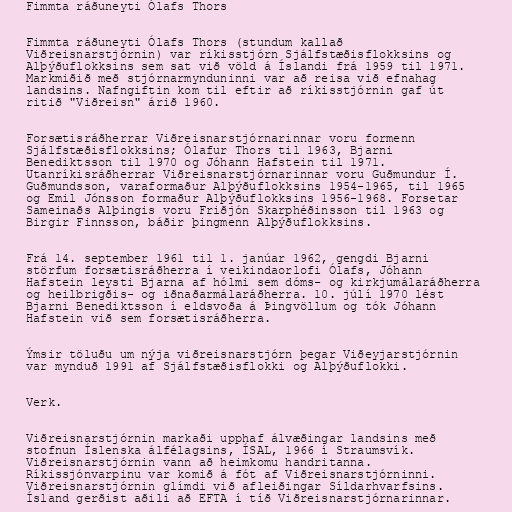
Fimmta ráðuneyti Ólafs Thors

Fimmta ráðuneyti Ólafs Thors (stundum kallað
Viðreisnarstjórnin) var ríkisstjórn Sjálfstæðisflokksins og
Alþýðuflokksins sem sat við völd á Íslandi frá 1959 til 1971.
Markmiðið með stjórnarmynduninni var að reisa við efnahag
landsins. Nafngiftin kom til eftir að ríkisstjórnin gaf út
ritið "Viðreisn" árið 1960.

Forsætisráðherrar Viðreisnarstjórnarinnar voru formenn
Sjálfstæðisflokksins; Ólafur Thors til 1963, Bjarni
Benediktsson til 1970 og Jóhann Hafstein til 1971.
Utanríkisráðherrar Viðreisnarstjórnarinnar voru Guðmundur Í.
Guðmundsson, varaformaður Alþýðuflokksins 1954-1965, til 1965
og Emil Jónsson formaður Alþýðuflokksins 1956-1968. Forsetar
Sameinaðs Alþingis voru Friðjón Skarphéðinsson til 1963 og
Birgir Finnsson, báðir þingmenn Alþýðuflokksins.

Frá 14. september 1961 til 1. janúar 1962, gengdi Bjarni
störfum forsætisráðherra í veikindaorlofi Ólafs, Jóhann
Hafstein leysti Bjarna af hólmi sem dóms- og kirkjumálaráðherra
og heilbrigðis- og iðnaðarmálaráðherra. 10. júlí 1970 lést
Bjarni Benediktsson í eldsvoða á Þingvöllum og tók Jóhann
Hafstein við sem forsætisráðherra.

Ýmsir töluðu um nýja viðreisnarstjórn þegar Viðeyjarstjórnin
var mynduð 1991 af Sjálfstæðisflokki og Alþýðuflokki.

Verk.

Viðreisnarstjórnin markaði upphaf álvæðingar landsins með
stofnun Íslenska álfélagsins, ÍSAL, 1966 í Straumsvík.
Viðreisnarstjórnin vann að heimkomu handritanna.
Ríkissjónvarpinu var komið á fót af Viðreisnarstjórninni.
Viðreisnarstjórnin glímdi við afleiðingar Síldarhvarfsins.
Ísland gerðist aðili að EFTA í tíð Viðreisnarstjórnarinnar.